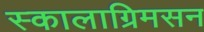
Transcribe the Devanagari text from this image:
स्कालाग्रिमसन